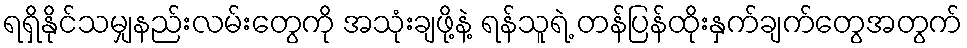
ရရှိနိုင်သမျှနည်းလမ်းတွေကို အသုံးချဖို့နဲ့ ရန်သူရဲ့ တန်ပြန်ထိုးနှက်ချက်တွေအတွက်